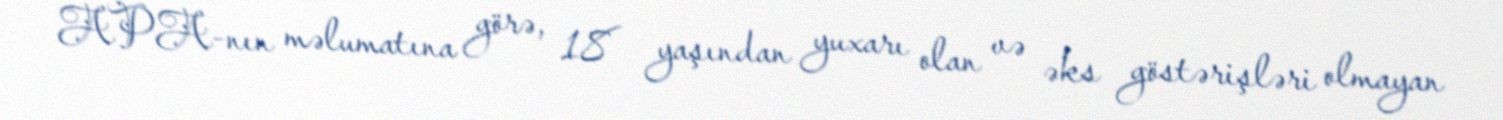
APA-nın məlumatına görə, 18 yaşından yuxarı olan və əks göstərişləri olmayan